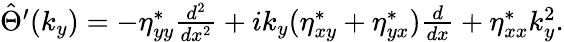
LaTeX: \begin{array}{r}{\hat{\Theta}^{\prime}(k_{y})=-\eta_{yy}^{*}\frac{d^{2}}{dx^{2}}+ik_{y}(\eta_{xy}^{*}+\eta_{yx}^{*})\frac{d}{dx}+\eta_{xx}^{*}k_{y}^{2}.}\end{array}